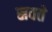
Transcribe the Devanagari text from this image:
स्रवते